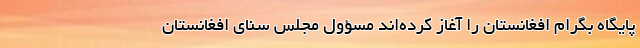
پایگاه بگرام افغانستان را آغاز کرده‌اند مسؤول مجلس سنای افغانستان